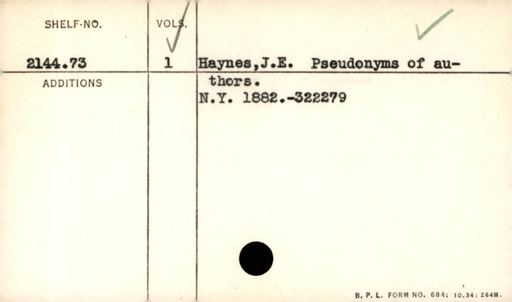
Label: content